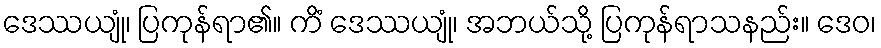
ဒေဿယျုံ၊ ပြကုန်ရာ၏။ ကိံ ဒေဿယျုံ၊ အဘယ်သို့ ပြကုန်ရာသနည်း။ ဒေဝ၊